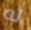
له